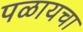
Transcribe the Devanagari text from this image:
पळायचा